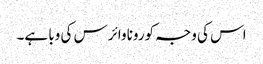
اس کی وجہ کورونا وائرس کی وبا ہے۔